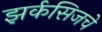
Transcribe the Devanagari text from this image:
झर्कसिजचे